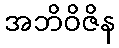
အဘိဝိဇိန